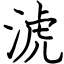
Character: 淲